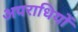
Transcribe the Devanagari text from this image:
अपराधियों